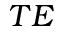
T E